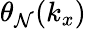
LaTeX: \theta_{\mathcal{N}}(k_{x})